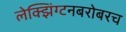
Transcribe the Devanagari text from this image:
लेक्झिंग्टनबरोबरच